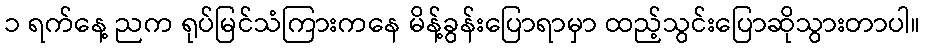
၁ ရက်နေ့ ညက ရုပ်မြင်သံကြားကနေ မိန့်ခွန်းပြောရာမှာ ထည့်သွင်းပြောဆိုသွားတာပါ။